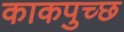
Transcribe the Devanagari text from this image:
काकपुच्छ